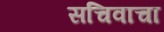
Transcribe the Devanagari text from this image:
सचिवाचा